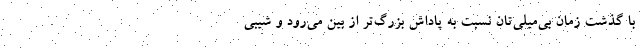
با گذشت زمان بی‌میلی‌تان نسبت به پاداش بزرگ‌تر از بین می‌رود و شیبی